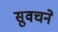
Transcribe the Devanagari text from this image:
सुवचने